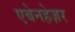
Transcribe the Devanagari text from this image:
एबेनहेज़र